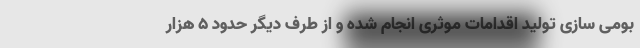
بومی سازی تولید اقدامات موثری انجام شده و از طرف دیگر حدود ۵ هزار